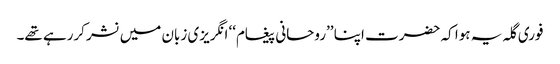
فوری گلہ یہ ہوا کہ حضرت اپنا ’’روحانی پیغام‘‘ انگریزی زبان میں نشر کررہے تھے۔